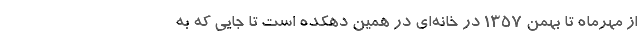
از مهرماه تا بهمن 1357 در خانه‌ای در همین دهکده است تا جایی که به